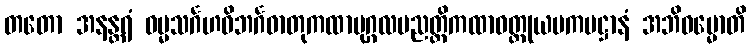
တတော အနန္တရံ ဓမ္မသင်္ဂဟဝိဘင်္ဂဓာတုကထာပုဂ္ဂလပညတ္တိကထာဝတ္ထုယမကပဋ္ဌာနံ အဘိဓမ္မောတိ